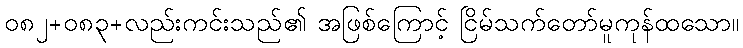
၀၈၂+၀၈၃+လည်းကင်းသည်၏ အဖြစ်ကြောင့် ငြိမ်သက်တော်မူကုန်ထသော။